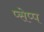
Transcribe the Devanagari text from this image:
प्सेप्प